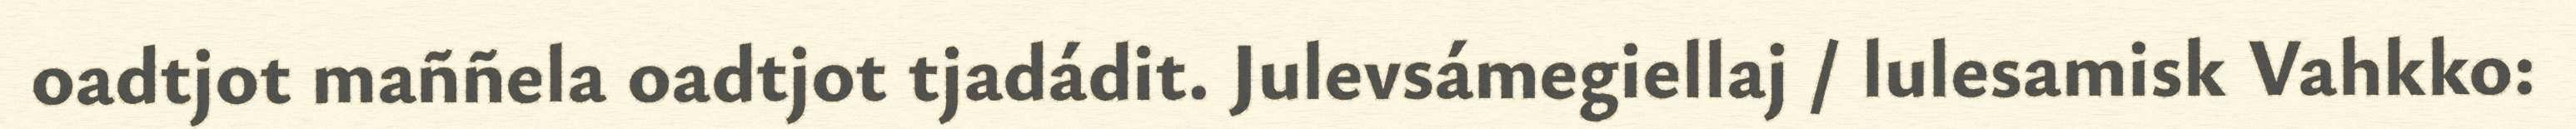
oadtjot maññela oadtjot tjadádit. Julevsámegiellaj / lulesamisk Vahkko: